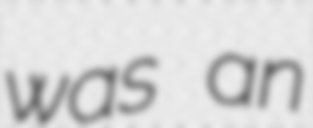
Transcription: was an